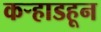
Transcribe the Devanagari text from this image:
कर्‍हाडहून